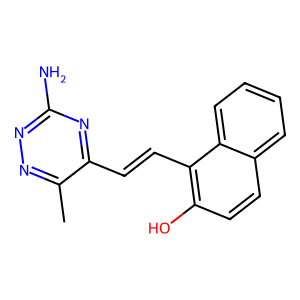
SMILES: Cc1nnc(N)nc1C=Cc1c(O)ccc2ccccc12
Inhibits HIV replication: No